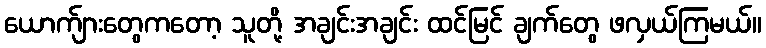
ယောက်ျားတွေကတော့ သူတို့ အချင်းအချင်း ထင်မြင် ချက်တွေ ဖလှယ်ကြမယ်။